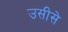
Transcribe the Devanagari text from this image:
उसीसे